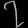
Digit: ၇